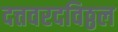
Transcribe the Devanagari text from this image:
दत्तवरदविठ्ठल